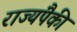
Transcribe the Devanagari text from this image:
राज्यंपैकी